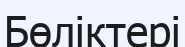
Бөліктері